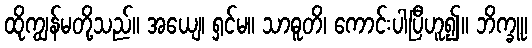
ထိုကျွန်မတို့သည်။ အယျေ၊ ရှင်မ။ သာဓူတိ၊ ကောင်းပါပြီဟူ၍။ ဘိက္ခူ၊